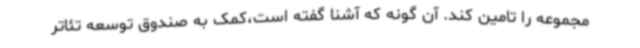
مجموعه را تامین کند. آن گونه که آشنا گفته است،کمک به صندوق توسعه تئاتر